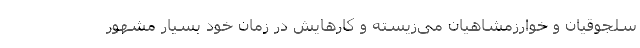
سلجوقیان و خوارزمشاهیان می‌زیسته و کارهایش در زمان خود بسیار مشهور